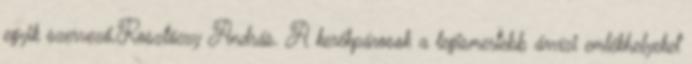
egyik szervező,Rosztóczy András. A kerékpárosok a legismertebb árvízi emlékhelyeket